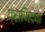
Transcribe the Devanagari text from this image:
प्राणिदया